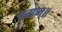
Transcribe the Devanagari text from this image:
पदान॥